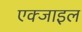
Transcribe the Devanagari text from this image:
एक्जाइल